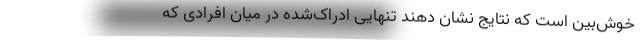
خوش‌بین است که نتایج نشان دهند تنهاییِ ادراک‌شده در میان افرادی که